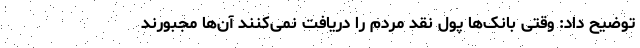
توضیح داد: وقتی بانک‌ها پول نقد مردم را دریافت نمی‌کنند آن‌ها مجبورند